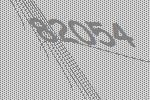
82054